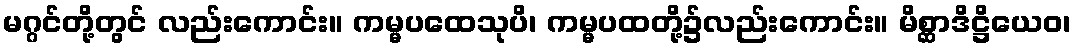
မဂ္ဂင်တို့တွင် လည်းကောင်း။ ကမ္မပထေသုပိ၊ ကမ္မပထတို့၌လည်းကောင်း။ မိစ္ဆာဒိဋ္ဌိယေဝ၊